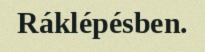
Ráklépésben.